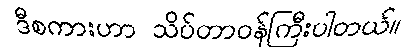
ဒီစကားဟာ သိပ်တာဝန်ကြီးပါတယ်။